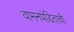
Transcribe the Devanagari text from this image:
वामनपंडिताची